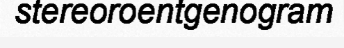
stereoroentgenogram